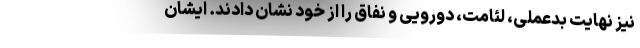
نیز نهایت بدعملی، لئامت، دورویی و نفاق را از خود نشان دادند. ایشان